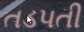
તડપતી